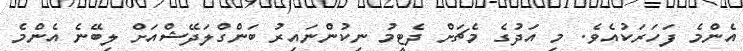
އެންމެ ފަހަރަކުއެވެ. މި އަދުގެ މެޗަށް ދެޓީމު ނިކުންނައިރު ބަންގްލަދޭޝްއަށް ލިބޭނެ އެންމެ